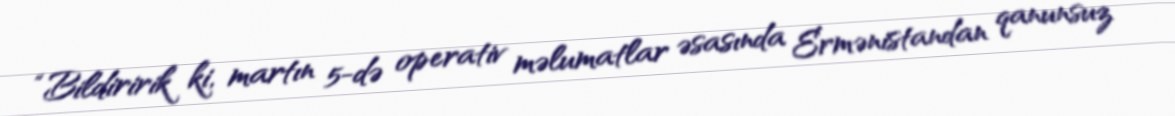
“Bildiririk ki, martın 5-də operativ məlumatlar əsasında Ermənistandan qanunsuz